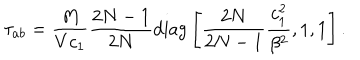
\tau _ { a b } = \frac { M } { V c _ { 1 } } \frac { 2 N - 1 } { 2 N } \mathrm { d i a g } \left[ \frac { 2 N } { 2 N - 1 } \frac { c _ { 1 } ^ { 2 } } { \beta ^ { 2 } } , 1 , 1 \right] .